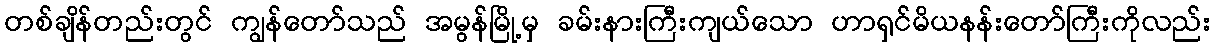
တစ်ချိန်တည်းတွင် ကျွန်တော်သည် အမွန်မြို့မှ ခမ်းနားကြီးကျယ်သော ဟာရှင်မိယနန်းတော်ကြီးကိုလည်း